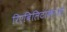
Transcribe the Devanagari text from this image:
रिएबिलिटाकाओ